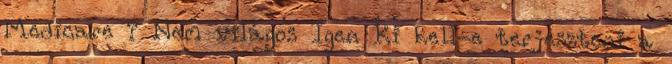
Medicare ? Nem világos Igen Ki kell-e terjeszteni a